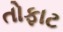
તોફાટ